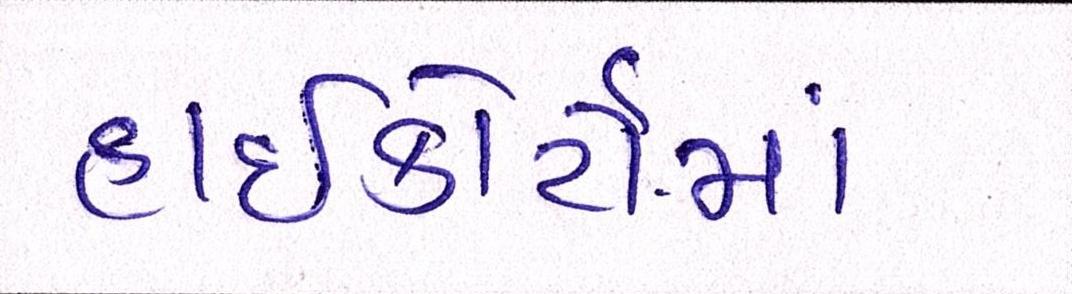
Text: હાઇકોર્ટોમાં